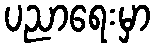
ပညာရေးမှာ